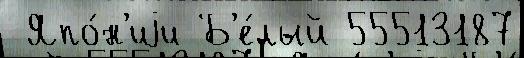
 Япо́н'иjи Б'е́лый 55513187